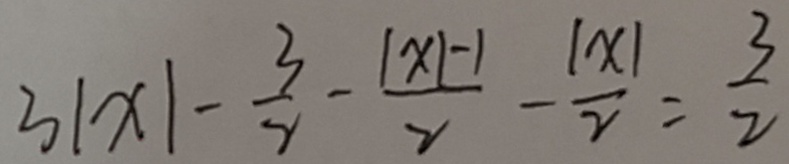
3 \vert x \vert - \frac { 3 } { 2 } - \frac { \vert x \vert - 1 } { 2 } - \frac { \vert x \vert } { 2 } = \frac { 3 } { 2 }